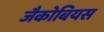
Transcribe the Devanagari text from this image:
जैकोबियस